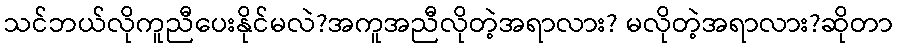
သင်ဘယ်လိုကူညီပေးနိုင်မလဲ?အကူအညီလိုတဲ့အရာလား? မလိုတဲ့အရာလား?ဆိုတာ